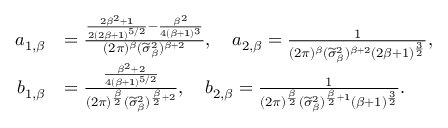
\begin{array} { r l } { a _ { 1 , \beta } } & { = \frac { \frac { 2 \beta ^ { 2 } + 1 } { 2 ( 2 \beta + 1 ) ^ { 5 / 2 } } - \frac { \beta ^ { 2 } } { 4 ( \beta + 1 ) ^ { 3 } } } { ( 2 \pi ) ^ { \beta } ( \widetilde { \sigma } _ { \beta } ^ { 2 } ) ^ { \beta + 2 } } , \quad a _ { 2 , \beta } = \frac { 1 } { ( 2 \pi ) ^ { \beta } ( \widetilde { \sigma } _ { \beta } ^ { 2 } ) ^ { \beta + 2 } ( 2 \beta + 1 ) ^ { \frac { 3 } { 2 } } } , } \\ { b _ { 1 , \beta } } & { = \frac { \frac { \beta ^ { 2 } + 2 } { 4 ( \beta + 1 ) ^ { 5 / 2 } } } { ( 2 \pi ) ^ { \frac { \beta } { 2 } } ( \widetilde { \sigma } _ { \beta } ^ { 2 } ) ^ { \frac { \beta } { 2 } + 2 } } , \quad b _ { 2 , \beta } = \frac { 1 } { ( 2 \pi ) ^ { \frac { \beta } { 2 } } ( \widetilde { \sigma } _ { \beta } ^ { 2 } ) ^ { \frac { \beta } { 2 } + 1 } ( \beta + 1 ) ^ { \frac { 3 } { 2 } } } . } \end{array}